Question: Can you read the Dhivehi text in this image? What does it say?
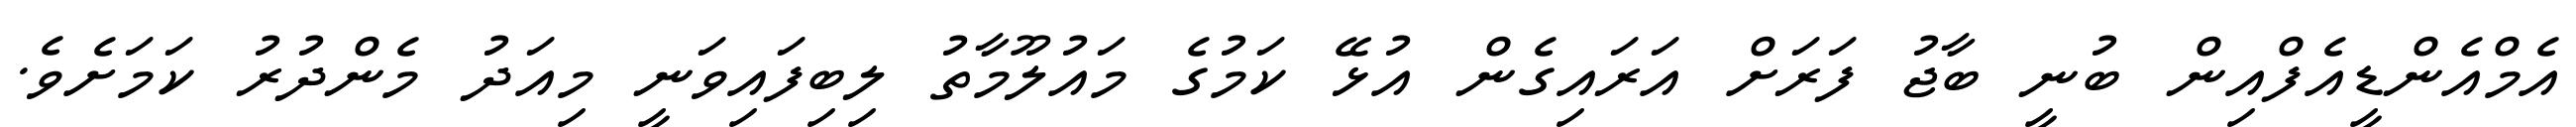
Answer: އެމްއެންޑީއެފްއިން ބުނީ ބާޖު ފަރަށް އަރައިގެން އުޅޭ ކަމުގެ މައުލޫމާތު ލިބިފައިވަނީ މިއަދު މެންދުރު ކަމަށެވެ.